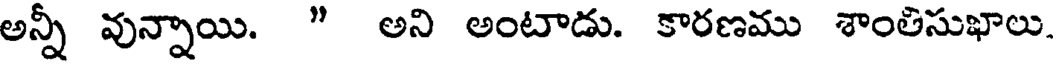
అన్నీ వున్నాయి. " అని అంటాడు. కారణము శాంతిసుఖాలు.